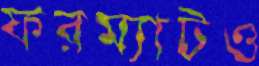
ফরম্যাটও